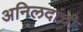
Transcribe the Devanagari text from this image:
अनिलदांची